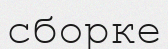
сборке